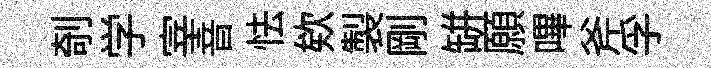
剞学宰音怯欸製剛缾願嗶斧孚